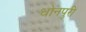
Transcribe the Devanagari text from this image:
धोनपुरी